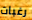
رغبات